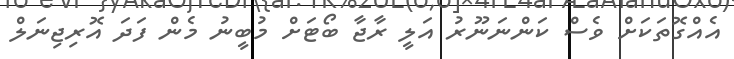
އެއްގޮތަކަށް ވެސް ކަންނަނޫރު އަލީ ރާޖާ ބޯޓަށް މުބީނު މެން ފަދަ އޮރިޖިނަލް